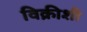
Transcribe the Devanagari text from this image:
विक्रीशी